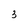
Character: 3